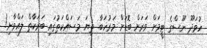
ހުވަދޫ ނޫސްގެ ޓީމަށް ވަރަށް ބޮޑަށް މަރުހަބާ. ތިޔަ މަސައްކަތުގައި ބަރަކާތް ލައްވާށި!